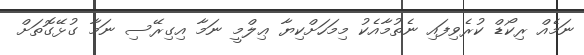
ނަމެއް ރިކޯޑް ކުރެވިފައި ނެތުމާއެކު މިމަހަށްކިޔާ ޢިލްމީ ނަމާ އިގިރޭސި ނަމާ ގުޅޭގޮތަށް